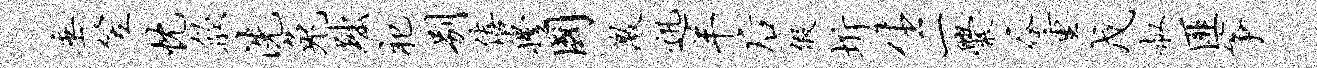
垂笠忱歙洗兔黜祀别僖穆国激迅羊後假圻生一爨谷重戊叔匪筝